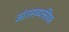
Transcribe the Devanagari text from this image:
आंतरव्यक्तीक